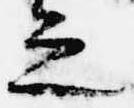
之